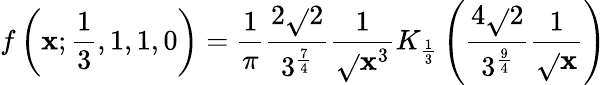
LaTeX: f\left(\mathbf{x};{\frac{{1}}{{3}}},1,1,0\right)={\frac{{1}}{{\pi}}}{\frac{{2{\sqrt{}{{2}}}}}{{3^{\frac{{7}}{{4}}}}}}{\frac{{1}}{{\sqrt{}{{\mathbf{x}^{3}}}}}}K_{\frac{{1}}{{3}}}\left({\frac{{4{\sqrt{}{{2}}}}}{{3^{\frac{{9}}{{4}}}}}}{\frac{{1}}{{\sqrt{}{{\mathbf{x}}}}}}\right)